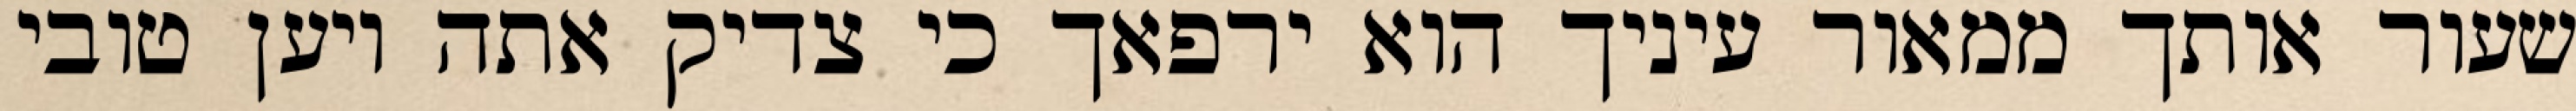
שעור אותך ממאור עיניך הוא ירפאך כי צדיק אתה ויען טובי